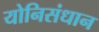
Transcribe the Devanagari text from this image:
योनिसंधान